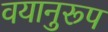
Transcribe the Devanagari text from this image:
वयानुरूप